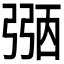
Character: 𢐀